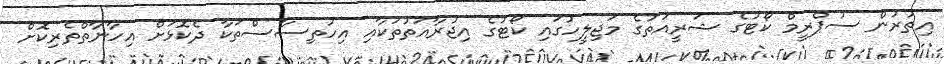
އިތުރުން ސުޕްރީމް ކޯޓުގެ ޝަރީއަތުގެ މަޖިލީހުގައި ކޯޓުގެ އިޖުރާއަތުތަކާއި އިހުތިސާސްތަކާ ދެކޮޅަށް އިހާނާތްތެރިކޮށް